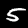
Digit: 5